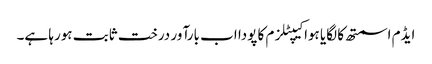
ایڈم اسمتھ کا لگایا ہوا کیپٹلزم کا پودا اب بارآور درخت ثابت ہورہا ہے۔